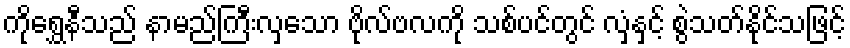
ကိုရွှေနီသည် နာမည်ကြီးလှသော ဗိုလ်ဗလကို သစ်ပင်တွင် လှံနှင့် စွဲသတ်နိုင်သဖြင့်